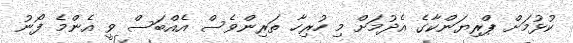
ކުޅުމަށް ޕްރިޔަންކާގެ އެދުމަށް މި ހުރިހާ ތަރިންވެސް އެއްބަސް ވީ އެންމެ ފޯނު